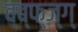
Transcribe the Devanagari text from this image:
व्ब्फ्ज्ग्